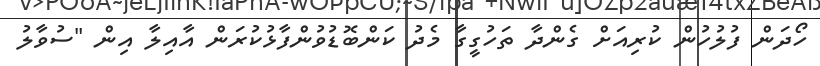
ހޯދަން ފުލުހުން ކުރިއަށް ގެންދާ ތަހުގީގާ މެދު ކަންބޮޑުވުންފާޅުކުރަން އާއިލާ އިން "ސުވާލު